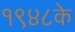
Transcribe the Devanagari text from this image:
१९४८के